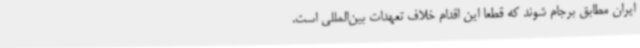
ایران مطابق برجام شوند که قطعا این اقدام خلاف تعهدات بین‌المللی است.